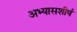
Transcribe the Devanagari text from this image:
अभ्यासशीर्ष